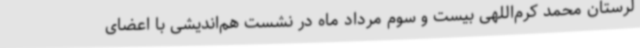
لرستان محمد کرم‌اللهی بیست و سوم مرداد ماه در نشست هم‌اندیشی با اعضای